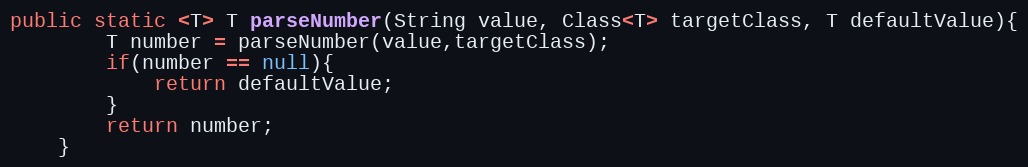
Language: Java
public static <T> T parseNumber(String value, Class<T> targetClass, T defaultValue){
		T number = parseNumber(value,targetClass);
		if(number == null){
			return defaultValue;
		}
		return number;
	}